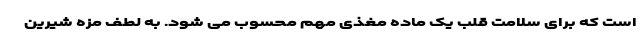
است که برای سلامت قلب یک ماده مغذی مهم محسوب می شود. به لطف مزه شیرین